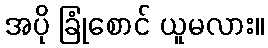
အပို ခြုံစောင် ယူမလား။